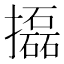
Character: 㩡